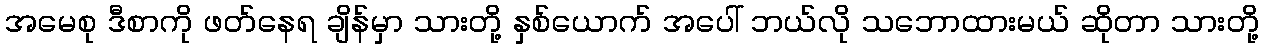
အမေစု ဒီစာကို ဖတ်နေရ ချိန်မှာ သားတို့ နှစ်ယောက် အပေါ် ဘယ်လို သဘောထားမယ် ဆိုတာ သားတို့